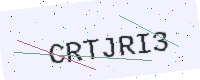
Text: CRTJRI3